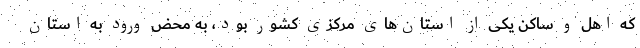
که اهل و ساکن یکی از استان‌های مرکزی کشور بود، به محض ورود به استان